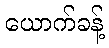
ယောက်ခန့်